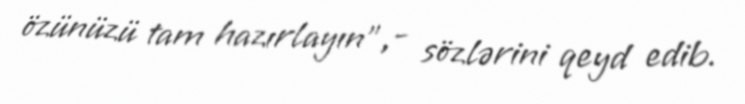
özünüzü tam hazırlayın”,- sözlərini qeyd edib.